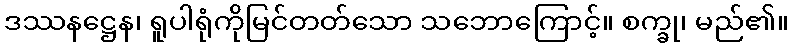
ဒဿနဋ္ဌေန၊ ရူပါရုံကိုမြင်တတ်သော သဘောကြောင့်။ စက္ခု၊ မည်၏။